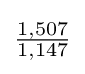
{\tfrac {1,507}{1,147}}